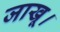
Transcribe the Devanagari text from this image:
जाखू।